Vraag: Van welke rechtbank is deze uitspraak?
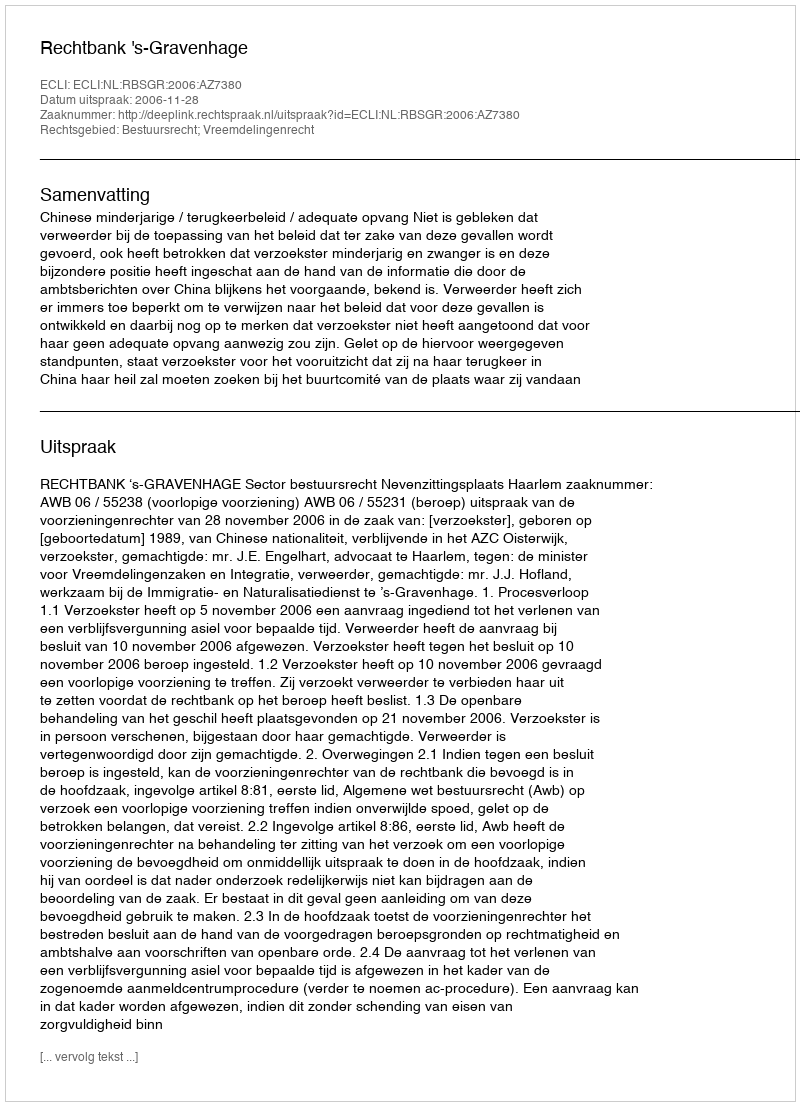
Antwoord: Rechtbank 's-Gravenhage